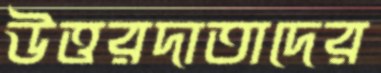
উত্তরদাতাদের